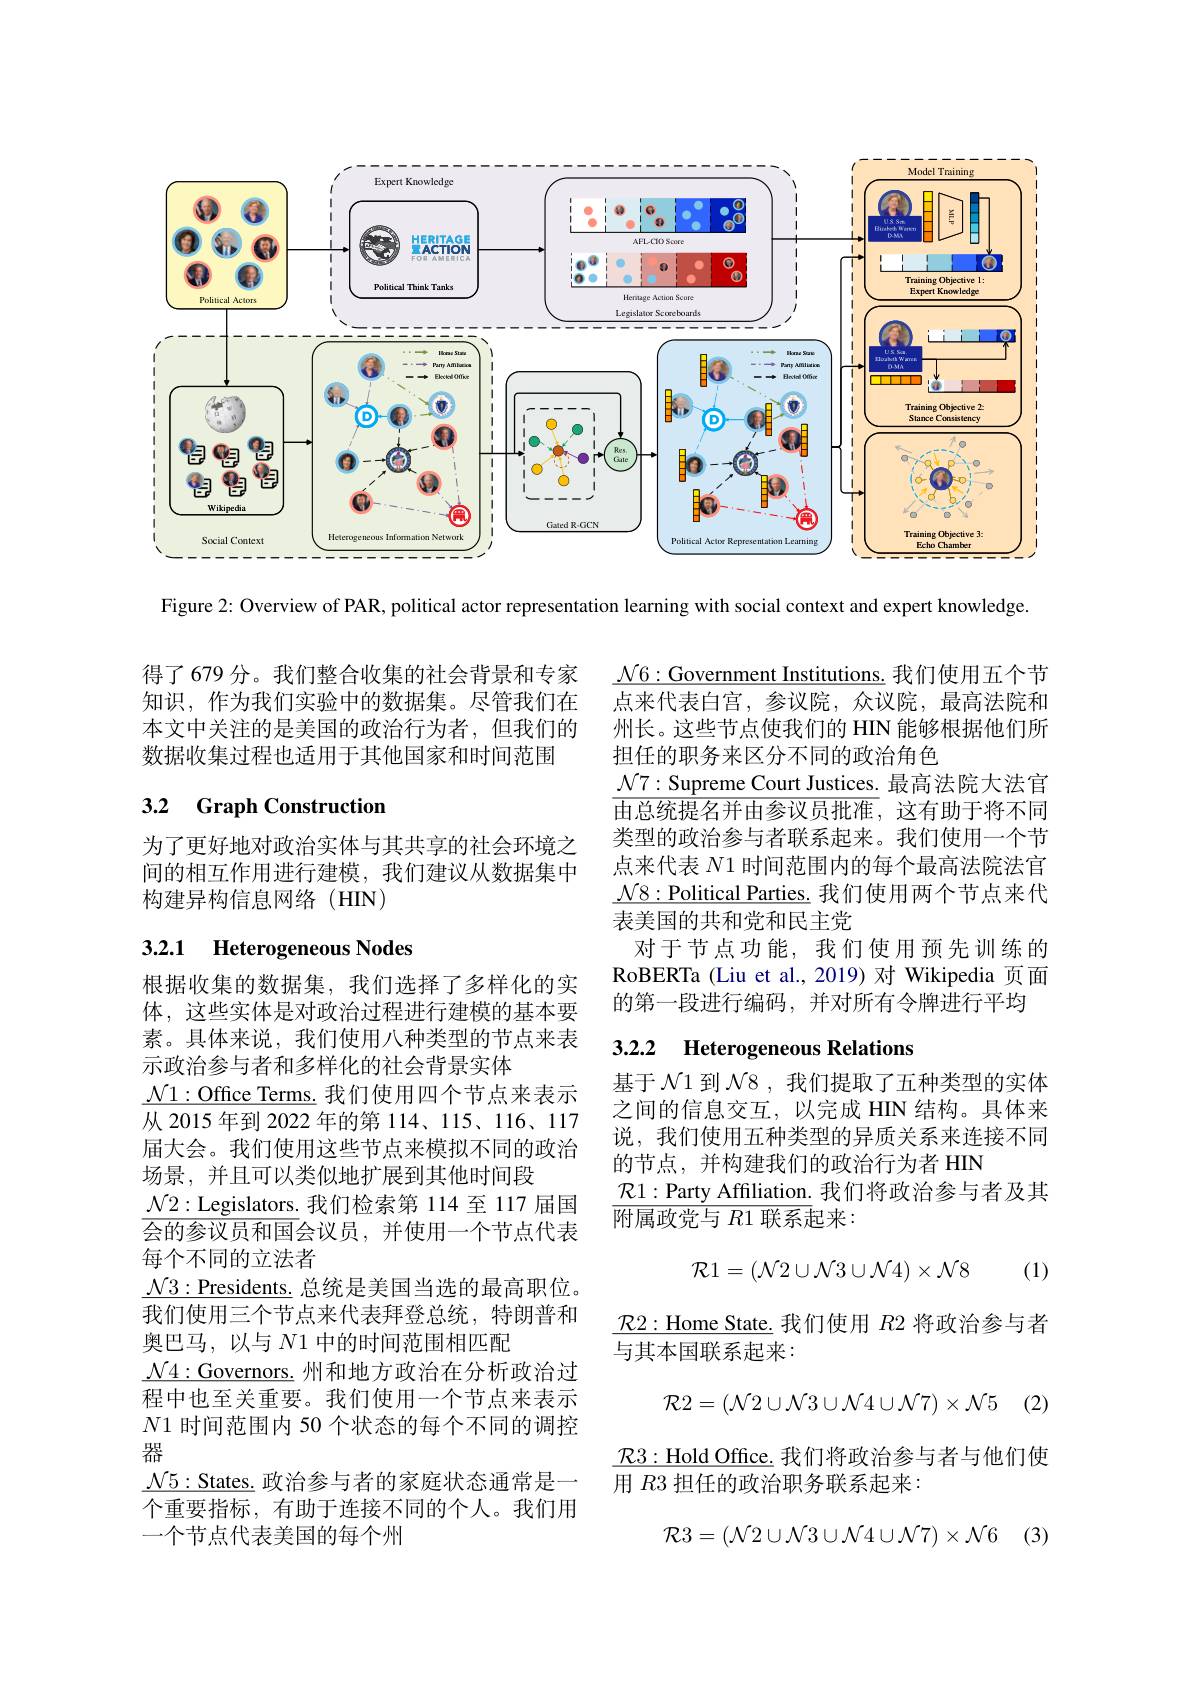
<FigureHere>

Figure 2: Overview of PAR, political actor representation learning with social context and expert knowledge

得了 679 分。我们整合收集的社会背景和专家知识，作为我们实验中的数据集。尽管我们在本文中关注的是美国的政治行为者，但我们的数据收集过程也适用于其他国家和时间范围

## 3.2 Graph Construction

$\mathcal{N}6:$Government Institutions. 我们使用五个节点来代表白宫，参议院，众议院，最高法院和州长。这些节点使我们的 HIN 能够根据他们所担任的职务来区分不同的政治角色
$\mathcal{N}7:$Supreme Court Justices. 最高法院大法官$\overline{\text{由总统提名并由参议员批准，这有助于将不同}}$ 类型的政治参与者联系起来。我们使用一个节点来代表$N$1 时间范围内的每个最高法院法官$\mathcal{N}8:$Political Parties. 我们使用两个节点来代表美国的共和党和民主党
对于节点功能，我们使用预先训练的RoBERTa (Liu et al.,2019) 对 Wikipedia 页面的第一段进行编码，并对所有令牌进行平均

为了更好地对政治实体与其共享的社会环境之间的相互作用进行建模，我们建议从数据集中构建异构信息网络(HN)

# 3.2.1 Heterogeneous Nodes

### 3.2.2 Heterogeneous Relations

基于$\mathcal{N}$1 到$\mathcal{N}$8 ,我们提取了五种类型的实体之间的信息交互，以完成 HIN 结构。具体来说，我们使用五种类型的异质关系来连接不同的节点，并构建我们的政治行为者 HIN
$\mathcal{R}1:$Party Affiliation. 我们将政治参与者及其
$\overline{\text{附属政党与 }R1\text{ 联系起来}}:$

根据收集的数据集，我们选择了多样化的实体，这些实体是对政治过程进行建模的基本要素。具体来说，我们使用八种类型的节点来表示政治参与者和多样化的社会背景实体
$\underline{\mathcal{N}1:\text{Office Terms. }}$我们使用四个节点来表示从 2015 年到 2022 年的第 114、115、116、117届大会。我们使用这些节点来模拟不同的政治场景，并且可以类似地扩展到其他时间段
$\underline{\mathcal{N}2:\text{Legislators. 我们检索第 114 至 117 届国}}$ $\overline{\text{会的参议员和国}}$会议员，并使用一个节点代表每个不同的立法者
$\underline{\mathcal{N}3:\text{Presidents. 总统是美国当选的最高职位。}}$ 我们使用三个节点来代表拜登总统，特朗普和奥巴马，以与$N$1 中的时间范围相匹配
$\mathcal{N}4:$Governors. 州和地方政治在分析政治过程中也至关重要。我们使用一个节点来表示$N1$时间范围内 50 个状态的每个不同的调控器
$\mathcal{N}5:$States. 政治参与者的家庭状态通常是一个重要指标，有助于连接不同的个人。我们用一个节点代表美国的每个州

(1)
$$\mathcal{R}1=(\mathcal{N}2\cup\mathcal{N}3\cup\mathcal{N}4)\times\mathcal{N}8$$
$\mathcal{R} 2:$Home State. 我们使用$R$2 将政治参与者
与其本国联系起来：
$$\mathcal{R}2=(\mathcal{N}2\cup\mathcal{N}3\cup\mathcal{N}4\cup\mathcal{N}7)\times\mathcal{N}5$$
$i$ (2)

$\mathcal{R}3:$Hold Office. 我们将政治参与者与他们使
用$R3$担任的政治职务联系起来：
$$\mathcal{R}3=(\mathcal{N}2\cup\mathcal{N}3\cup\mathcal{N}4\cup\mathcal{N}7)\times\mathcal{N}6$$